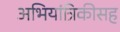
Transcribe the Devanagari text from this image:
अभियांत्रिकीसह